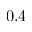
0 . 4